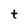
Character: t